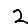
Digit: 2